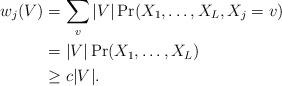
LaTeX: \begin{align*} w_j(V) &= \sum_v |V|\Pr(X_1,\dots,X_L , X_j = v) \\ &= |V|\Pr(X_1,\dots,X_L ) \\ &\ge c|V|.\end{align*}